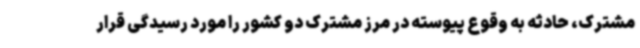
مشترک، حادثه به‌ وقوع پیوسته در مرز مشترک دو کشور را مورد رسیدگی قرار